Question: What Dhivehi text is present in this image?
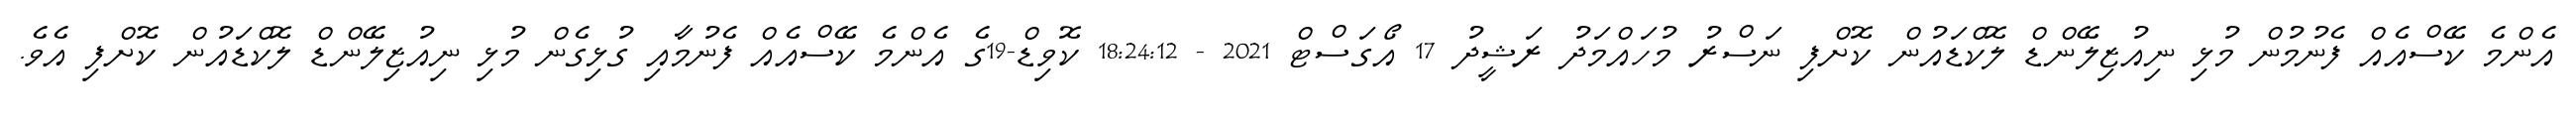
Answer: އެންމެ ކޭސްއެއް ފެނުމުން މުޅި ނިއުޒިލޭންޑް ލޮކްޑައުން ކޮށްފި ނަސްރު މުހައްމަދު ރަޝީދު 17 އޯގަސްޓް 2021 - 18:24:12 ކޮވިޑް-19ގެ އެންމެ ކޭސްއެއް ފެނުމާއި ގުޅިގެން މުޅި ނިއުޒިލޭންޑް ލޮކްޑައުން ކޮށްފި އެވެ.